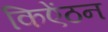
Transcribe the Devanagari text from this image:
किऐंठन